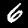
Label: 6